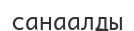
санаалды